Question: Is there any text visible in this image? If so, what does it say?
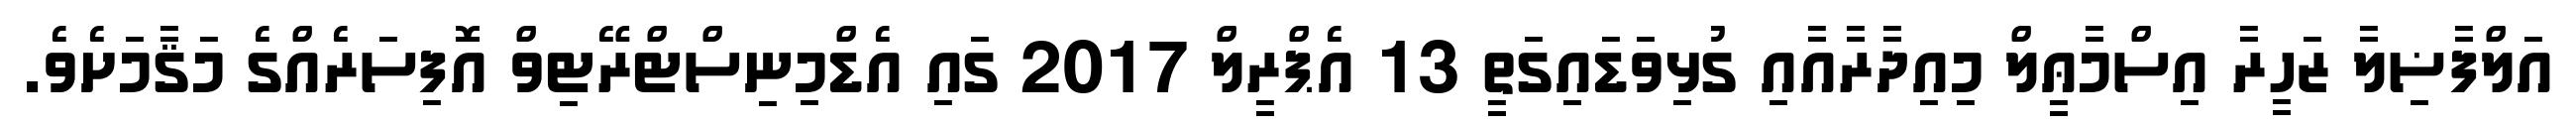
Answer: އަލްފާޟިލާ ޒަހީރާ އިސްމާޢީލް މިއިދާރާއާއި ގުޅިވަޑައިގަތީ 13 އެޕްރީލް 2017 ގައި އެޑްމިނިސްޓްރޭޓިވް އޮފިސަރެއްގެ މަޤާމަށެވެ.